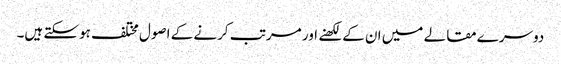
دوسرے مقالے میں ان کے لکھنے اور مرتب کرنے کے اصول مختلف ہوسکتے ہیں۔